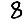
Digit: 8